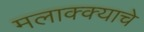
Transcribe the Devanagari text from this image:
मलाक्क्याचे